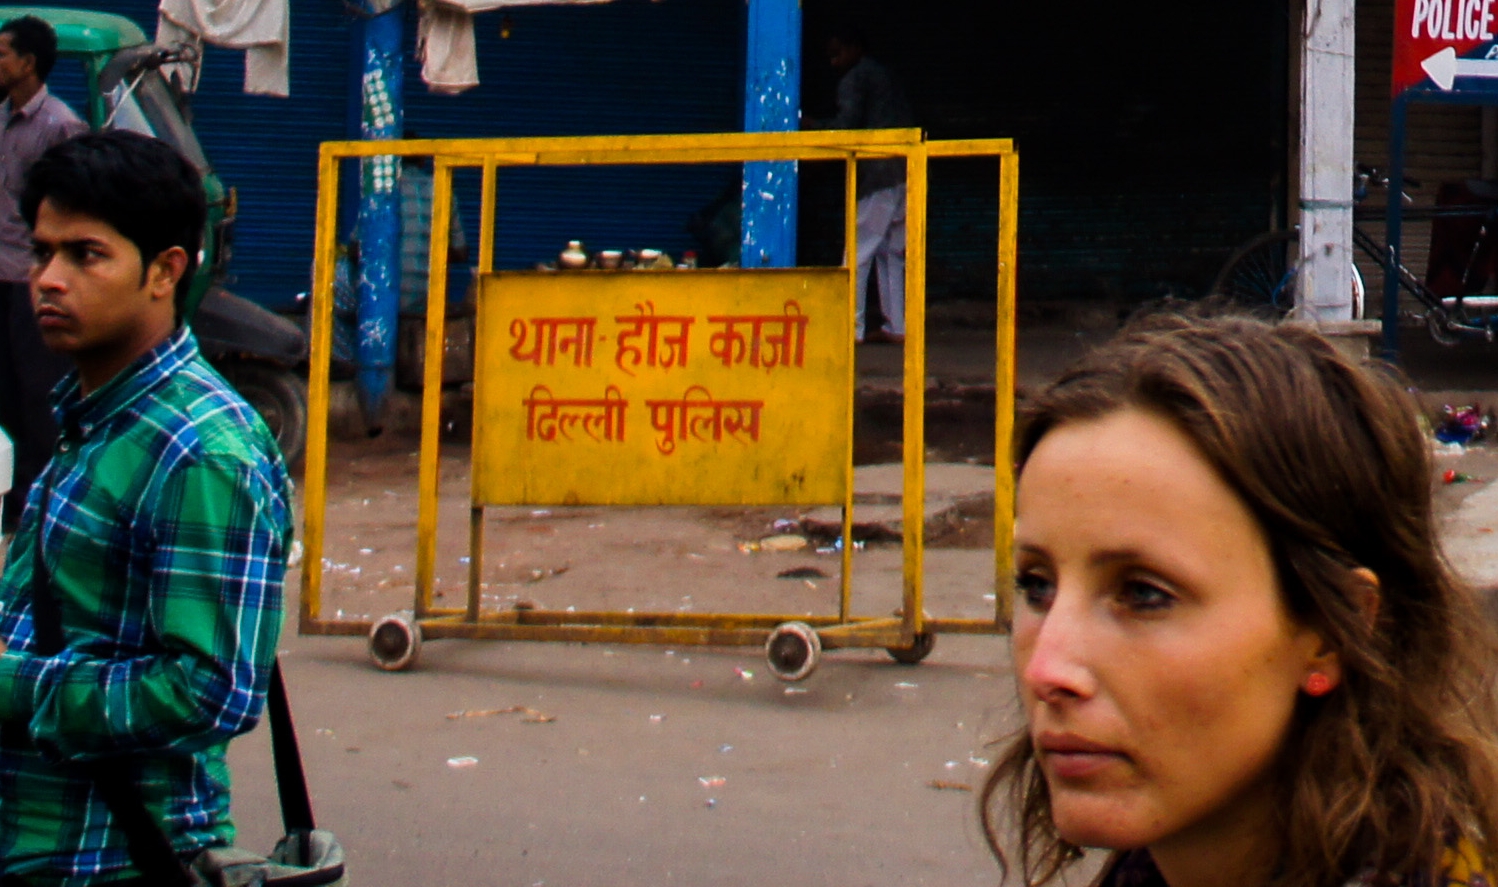
Language: hindi
Transcription: पुलिस हौज थाना काजी दिल्ली